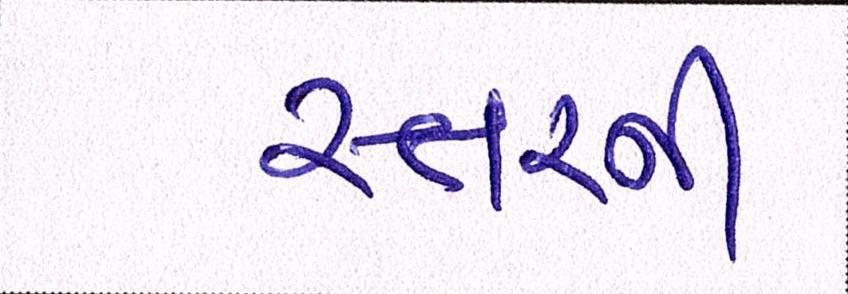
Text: સ્તરની